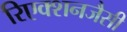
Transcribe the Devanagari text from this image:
रिएक्शनजैसी